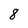
Character: 8